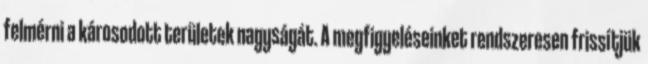
felmérni a károsodott területek nagyságát. A megfigyeléseinket rendszeresen frissítjük